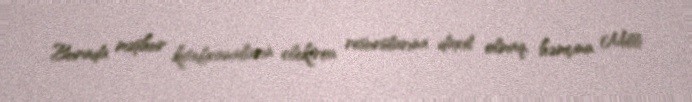
Burada məşhur kitabxanaların elektron resurslarına daxil olmaq, həmçinin Milli